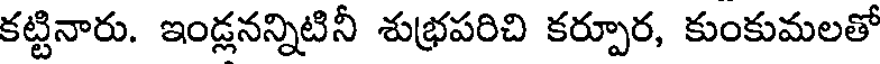
కట్టినారు. ఇండ్లనన్నిటినీ శుభ్రపరిచి కర్పూర, కుంకుమలతో